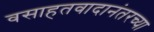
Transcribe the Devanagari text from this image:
वसाहतवादानंतरच्या